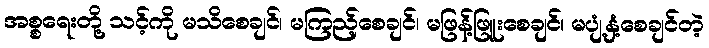
အစ္စရေးတို့ သင့်ကို မသိစေချင်၊ မကြည့်စေချင်၊ မဖြန့်ဖြူးစေချင်၊ မပျံ့နှံ့စေချင်တဲ့